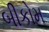
બીકોમ